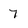
Character: 7